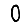
Digit: 0